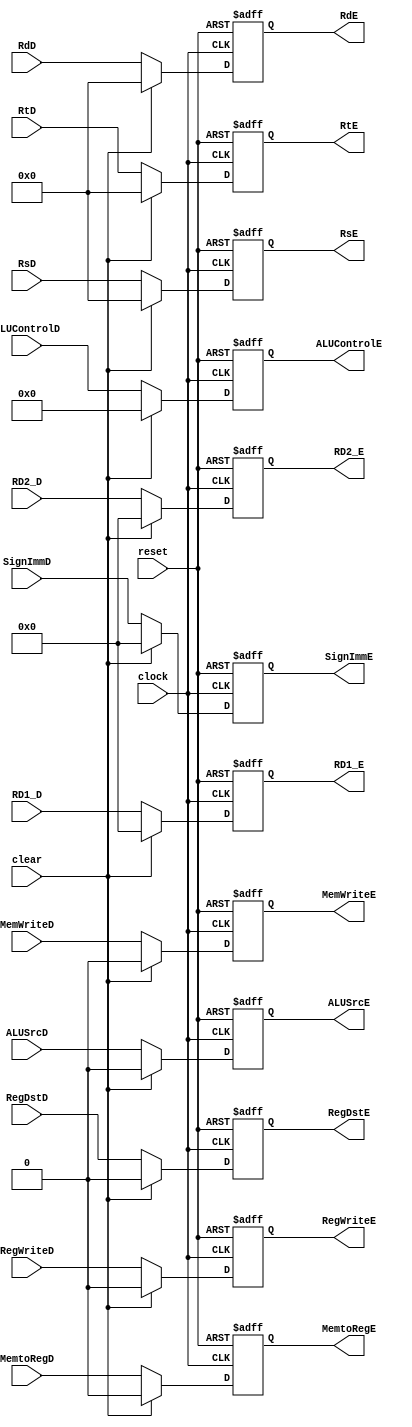
module DecodeToExecute(
    input wire RegWriteD, MemtoRegD, MemWriteD, input wire [3:0] ALUControlD, input wire ALUSrcD, RegDstD, 
    input wire [31:0] RD1_D, RD2_D,
    input wire  [4:0]  RsD, RtD, RdD,
    input wire clear, clock, reset,
    input wire [31:0] SignImmD,
    output reg RegWriteE, MemtoRegE, MemWriteE,        
    output reg [3:0]  ALUControlE,
    output reg ALUSrcE, RegDstE,
    output reg [31:0] RD1_E, RD2_E,
    output reg [4:0]  RsE, RtE, RdE,
    output reg [31:0] SignImmE
);

    always @(posedge clock or negedge reset)
    begin
    if(~reset)
    begin
        RegWriteE<=1'b0;
        MemtoRegE<=1'b0;
        MemWriteE<=1'b0;
        ALUControlE<=3'b0;
        ALUSrcE<=1'b0;
        RegDstE<=1'b0;
        RD1_E<=32'b0;
        RD2_E<=32'b0;
        RsE<=5'b0;
        RtE<=5'b0;
        RdE<=5'b0;
        SignImmE<=32'b0;
    end

    else if(clear)
        begin
        RegWriteE<=1'b0;
        MemtoRegE<=1'b0;
        MemWriteE<=1'b0;
        ALUControlE<=3'b0;
        ALUSrcE<=1'b0;
        RegDstE<=1'b0;
        RD1_E<=32'b0;
        RD2_E<=32'b0;
        RsE<=5'b0;
        RtE<=5'b0;
        RdE<=5'b0;
        SignImmE<=32'b0;
        end
    else
        begin
        RegWriteE<=RegWriteD;
        MemtoRegE<=MemtoRegD;
        MemWriteE<=MemWriteD;
        ALUControlE<=ALUControlD;
        ALUSrcE<=ALUSrcD;
        RegDstE<=RegDstD;
        RD1_E<=RD1_D;
        RD2_E<=RD2_D;
        RsE<=RsD;
        RtE<=RtD;
        RdE<=RdD;
        SignImmE<=SignImmD;
        end
    end

endmodule